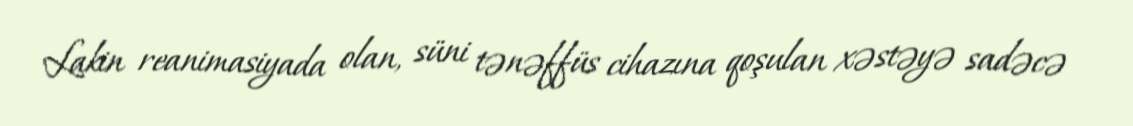
Lakin reanimasiyada olan, süni tənəffüs cihazına qoşulan xəstəyə sadəcə